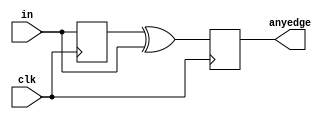
module top_module (
    input clk,
    input [7:0] in,
    output [7:0] anyedge
);
    reg [7:0] in_last;
    always@(posedge clk) begin 
    	in_last <= in ;
        anyedge <= in_last ^ in ;
    end 
endmodule